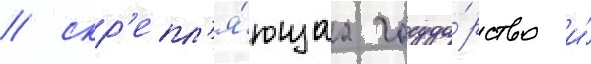
/ скр'епл'я́ющаа госуда́рство и́